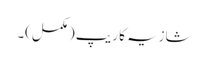
شازیہ کا ریپ (مکمل)۔